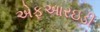
એફઆરઇડી